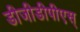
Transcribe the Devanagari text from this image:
डीजीडीपीएस्